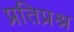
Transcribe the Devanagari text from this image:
प्रतिप्रश्न